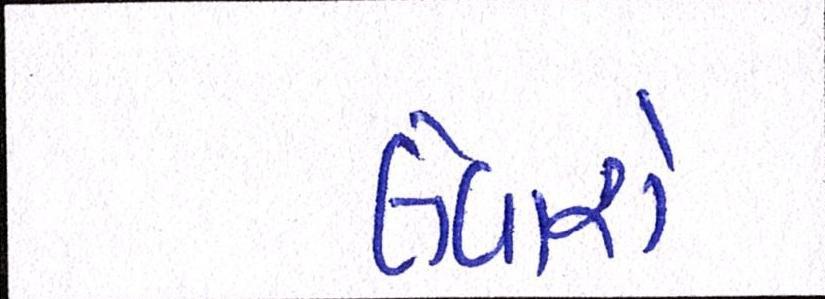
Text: લેવાશે